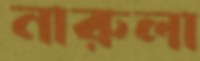
নারুলা